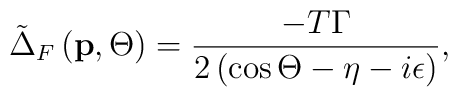
\tilde{\Delta}_F\left( \mathbf{p},\Theta \right) =\frac{-T\Gamma }{2\left(\cos \Theta -\eta -i\epsilon \right) },